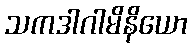
သကဒါဂါမိနိယော